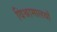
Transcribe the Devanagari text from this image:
विश्रामालयों